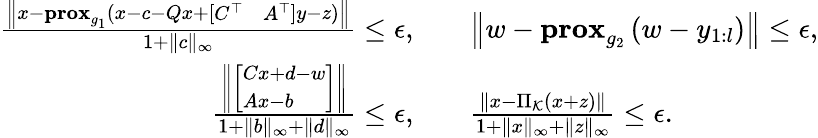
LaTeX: \begin{array}{rl}{\frac{\left\| x-\textbf{prox}_{g_{1}}\left(x-c-Qx+\left[\begin{array}{ll}{C^{\top}}&{A^{\top}}\end{array}\right]y-z\right)\right\| }{1+\| c\| _{\infty}}\leq\epsilon,}&{\quad\left\| w-\textbf{prox}_{g_{2}}\left(w-y_{1:l}\right)\right\| \leq\epsilon,}\\ {\frac{\left\| \left[\begin{array}{l}{Cx+d-w}\\ {Ax-b}\end{array}\right]\right\| }{1+\| b\| _{\infty}+\| d\| _{\infty}}\leq\epsilon,}&{\quad\frac{\| x-\Pi_{\mathcal{K}}(x+z)\| }{1+\| x\| _{\infty}+\| z\| _{\infty}}\leq\epsilon.}\end{array}